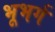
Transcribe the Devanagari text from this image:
भूभर्ग